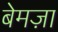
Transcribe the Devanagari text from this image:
बेमज़ा